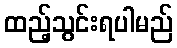
ထည့်သွင်းရပါမည်